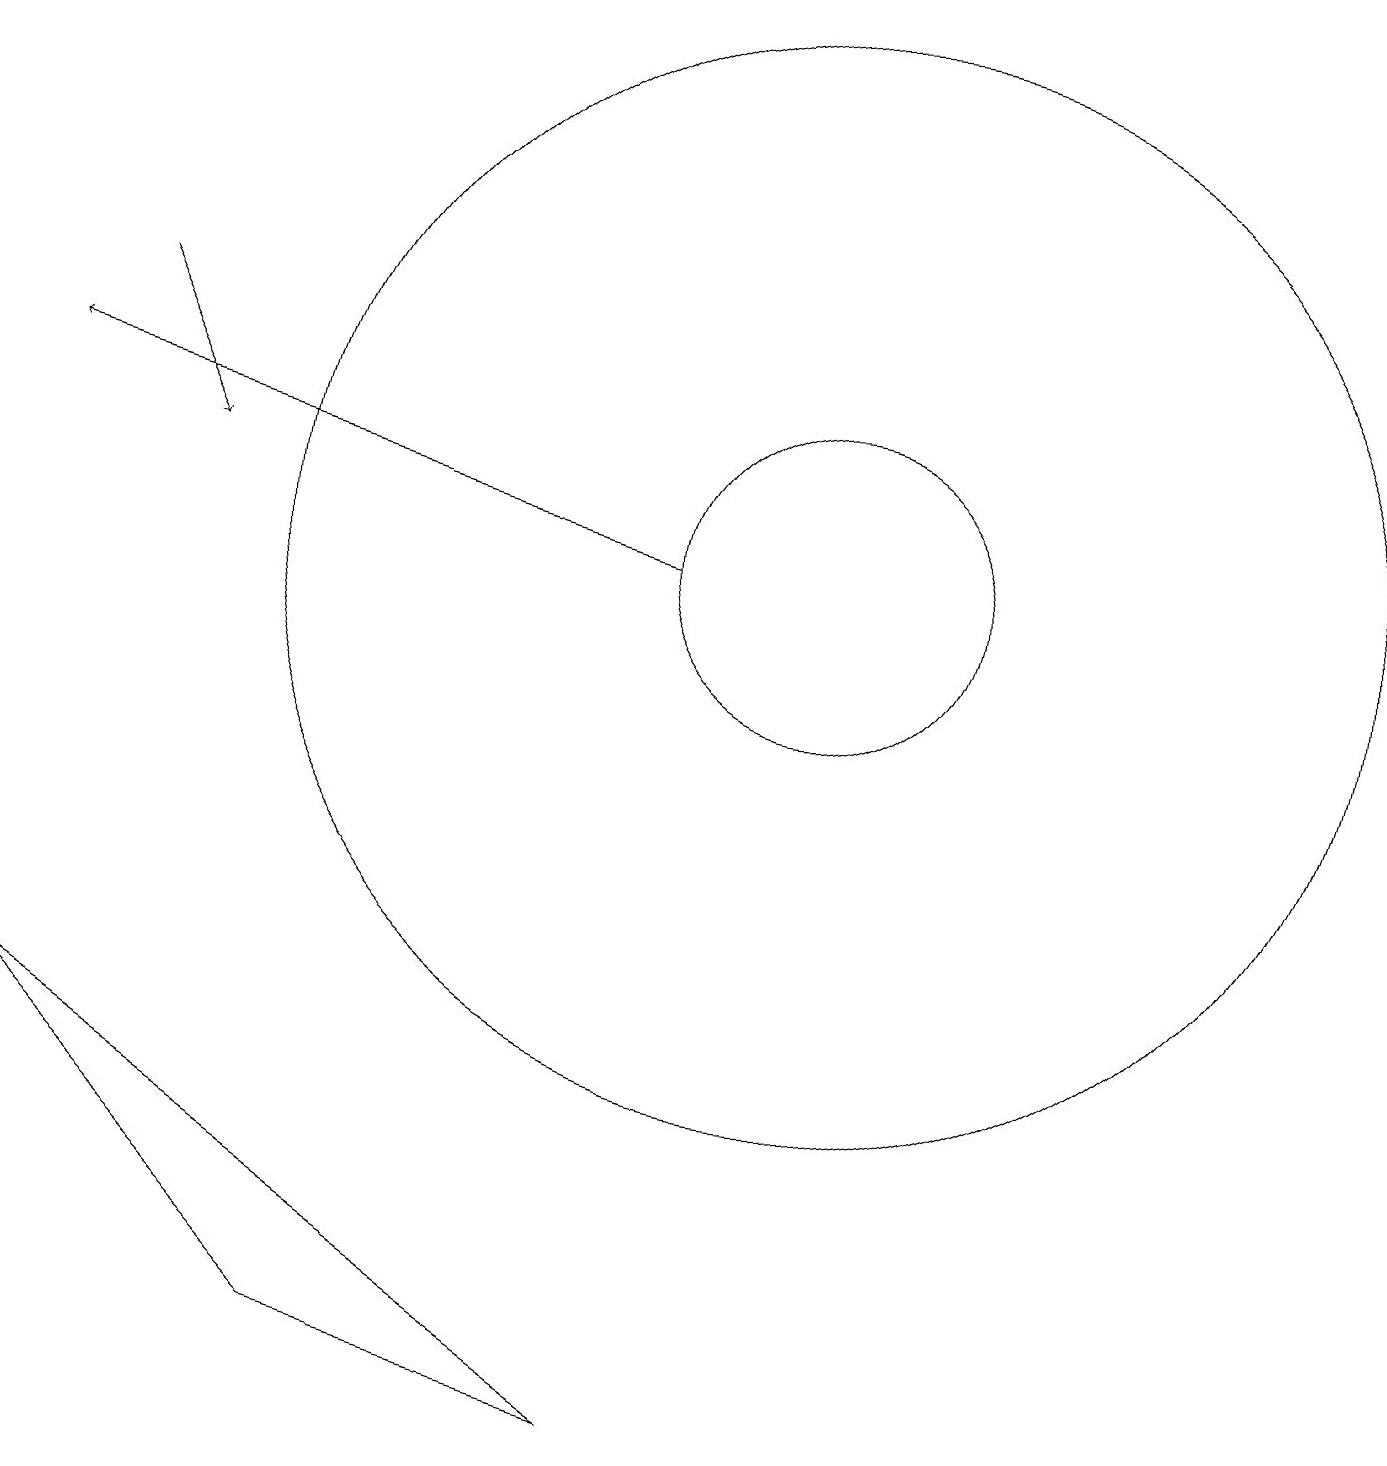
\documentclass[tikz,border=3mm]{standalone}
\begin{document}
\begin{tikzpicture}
\draw[->] (2,14) -- (3,12);
\draw (11,11) circle (2);
\draw (10,11) circle (0);
\draw[->] (9,11) -- (1,13);
\draw (1,5) -- (9,0) -- (5,1) -- cycle;
\draw (11,11) circle (7);
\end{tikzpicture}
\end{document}